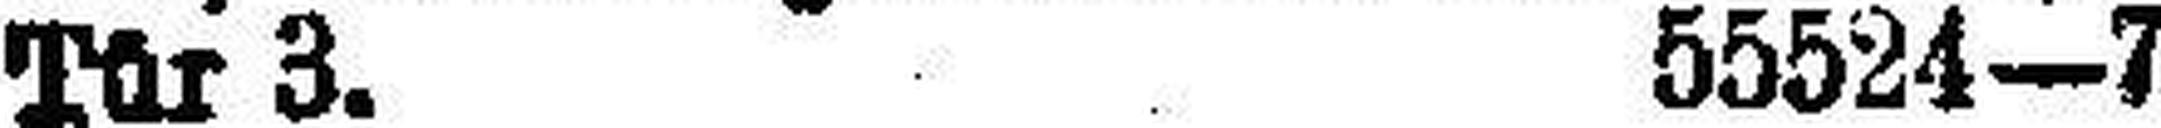
Tür 3. 55524—7